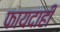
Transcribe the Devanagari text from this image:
फायदाही